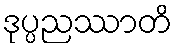
ဒုပ္ပညဿာတိ